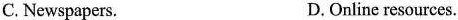
C.Newspapers. D.Online resources.